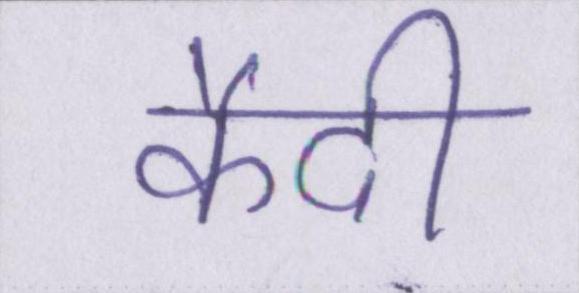
कैदी